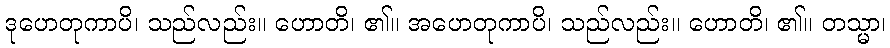
ဒုဟေတုကာပိ၊ သည်လည်း။ ဟောတိ၊ ၏။ အဟေတုကာပိ၊ သည်လည်း။ ဟောတိ၊ ၏။ တသ္မာ၊